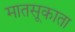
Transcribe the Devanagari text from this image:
मातसूकाता